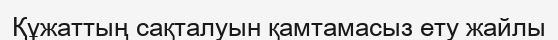
Құжаттың сақталуын қамтамасыз ету жайлы